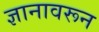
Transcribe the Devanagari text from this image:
ज्ञानावरून